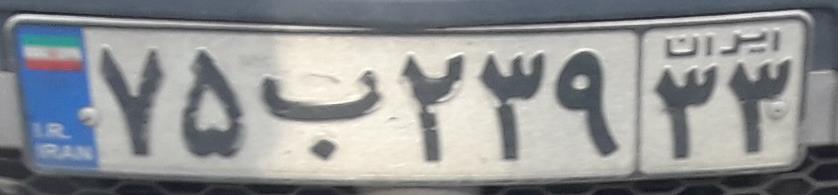
۷۵ب۲۳۹۳۳